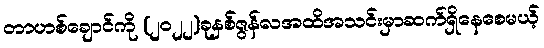
တာဟစ်ချောင်ကို (၂၀၂၂)ခုနှစ်ဇွန်လအထိအသင်းမှာဆက်ရှိနေစေမယ့်